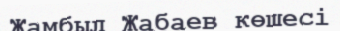
Жамбыл Жабаев көшесі